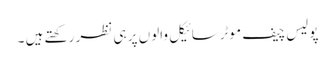
پولیس چیف موٹرسائیکل والوں پر ہی نظر رکھتے ہیں ۔